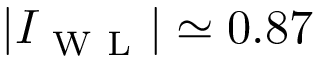
| I _ { \mathrm { ~ W ~ L ~ } } | \simeq 0 . 8 7